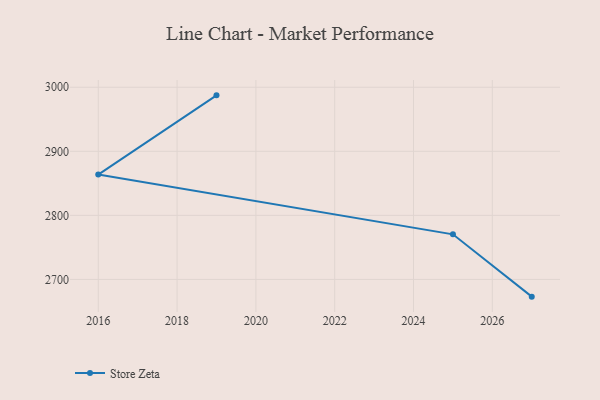
{"axis": {"x": "Year", "y": "Gross Profit (USD K)"}, "legend": ["Store Zeta"], "data": [{"x": "2027", "y": 2673.1, "type": "Store Zeta"}, {"x": "2025", "y": 2770.4, "type": "Store Zeta"}, {"x": "2016", "y": 2863.7, "type": "Store Zeta"}, {"x": "2019", "y": 2987.4, "type": "Store Zeta"}]}